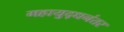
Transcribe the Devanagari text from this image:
महायुद्धनंतर